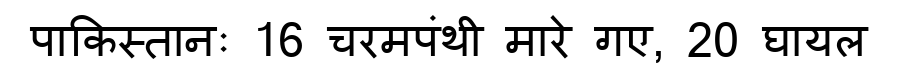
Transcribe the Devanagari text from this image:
पाकिस्तानः 16 चरमपंथी मारे गए, 20 घायल